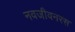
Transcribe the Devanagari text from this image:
नवजीवनरस